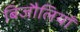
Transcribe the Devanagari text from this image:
बिजौलियाँ